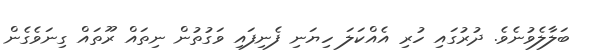
ބަލާލެވުނެވެ. ދުރުގައި ހުރި އެއްކަލަ ހިޔަނި ފެނިފައި ވަގުތުން ނިތައް ރޫތައް ގިނަވެގެން